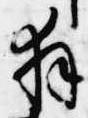
拝